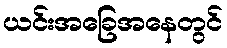
ယင်းအခြေအနေတွင်